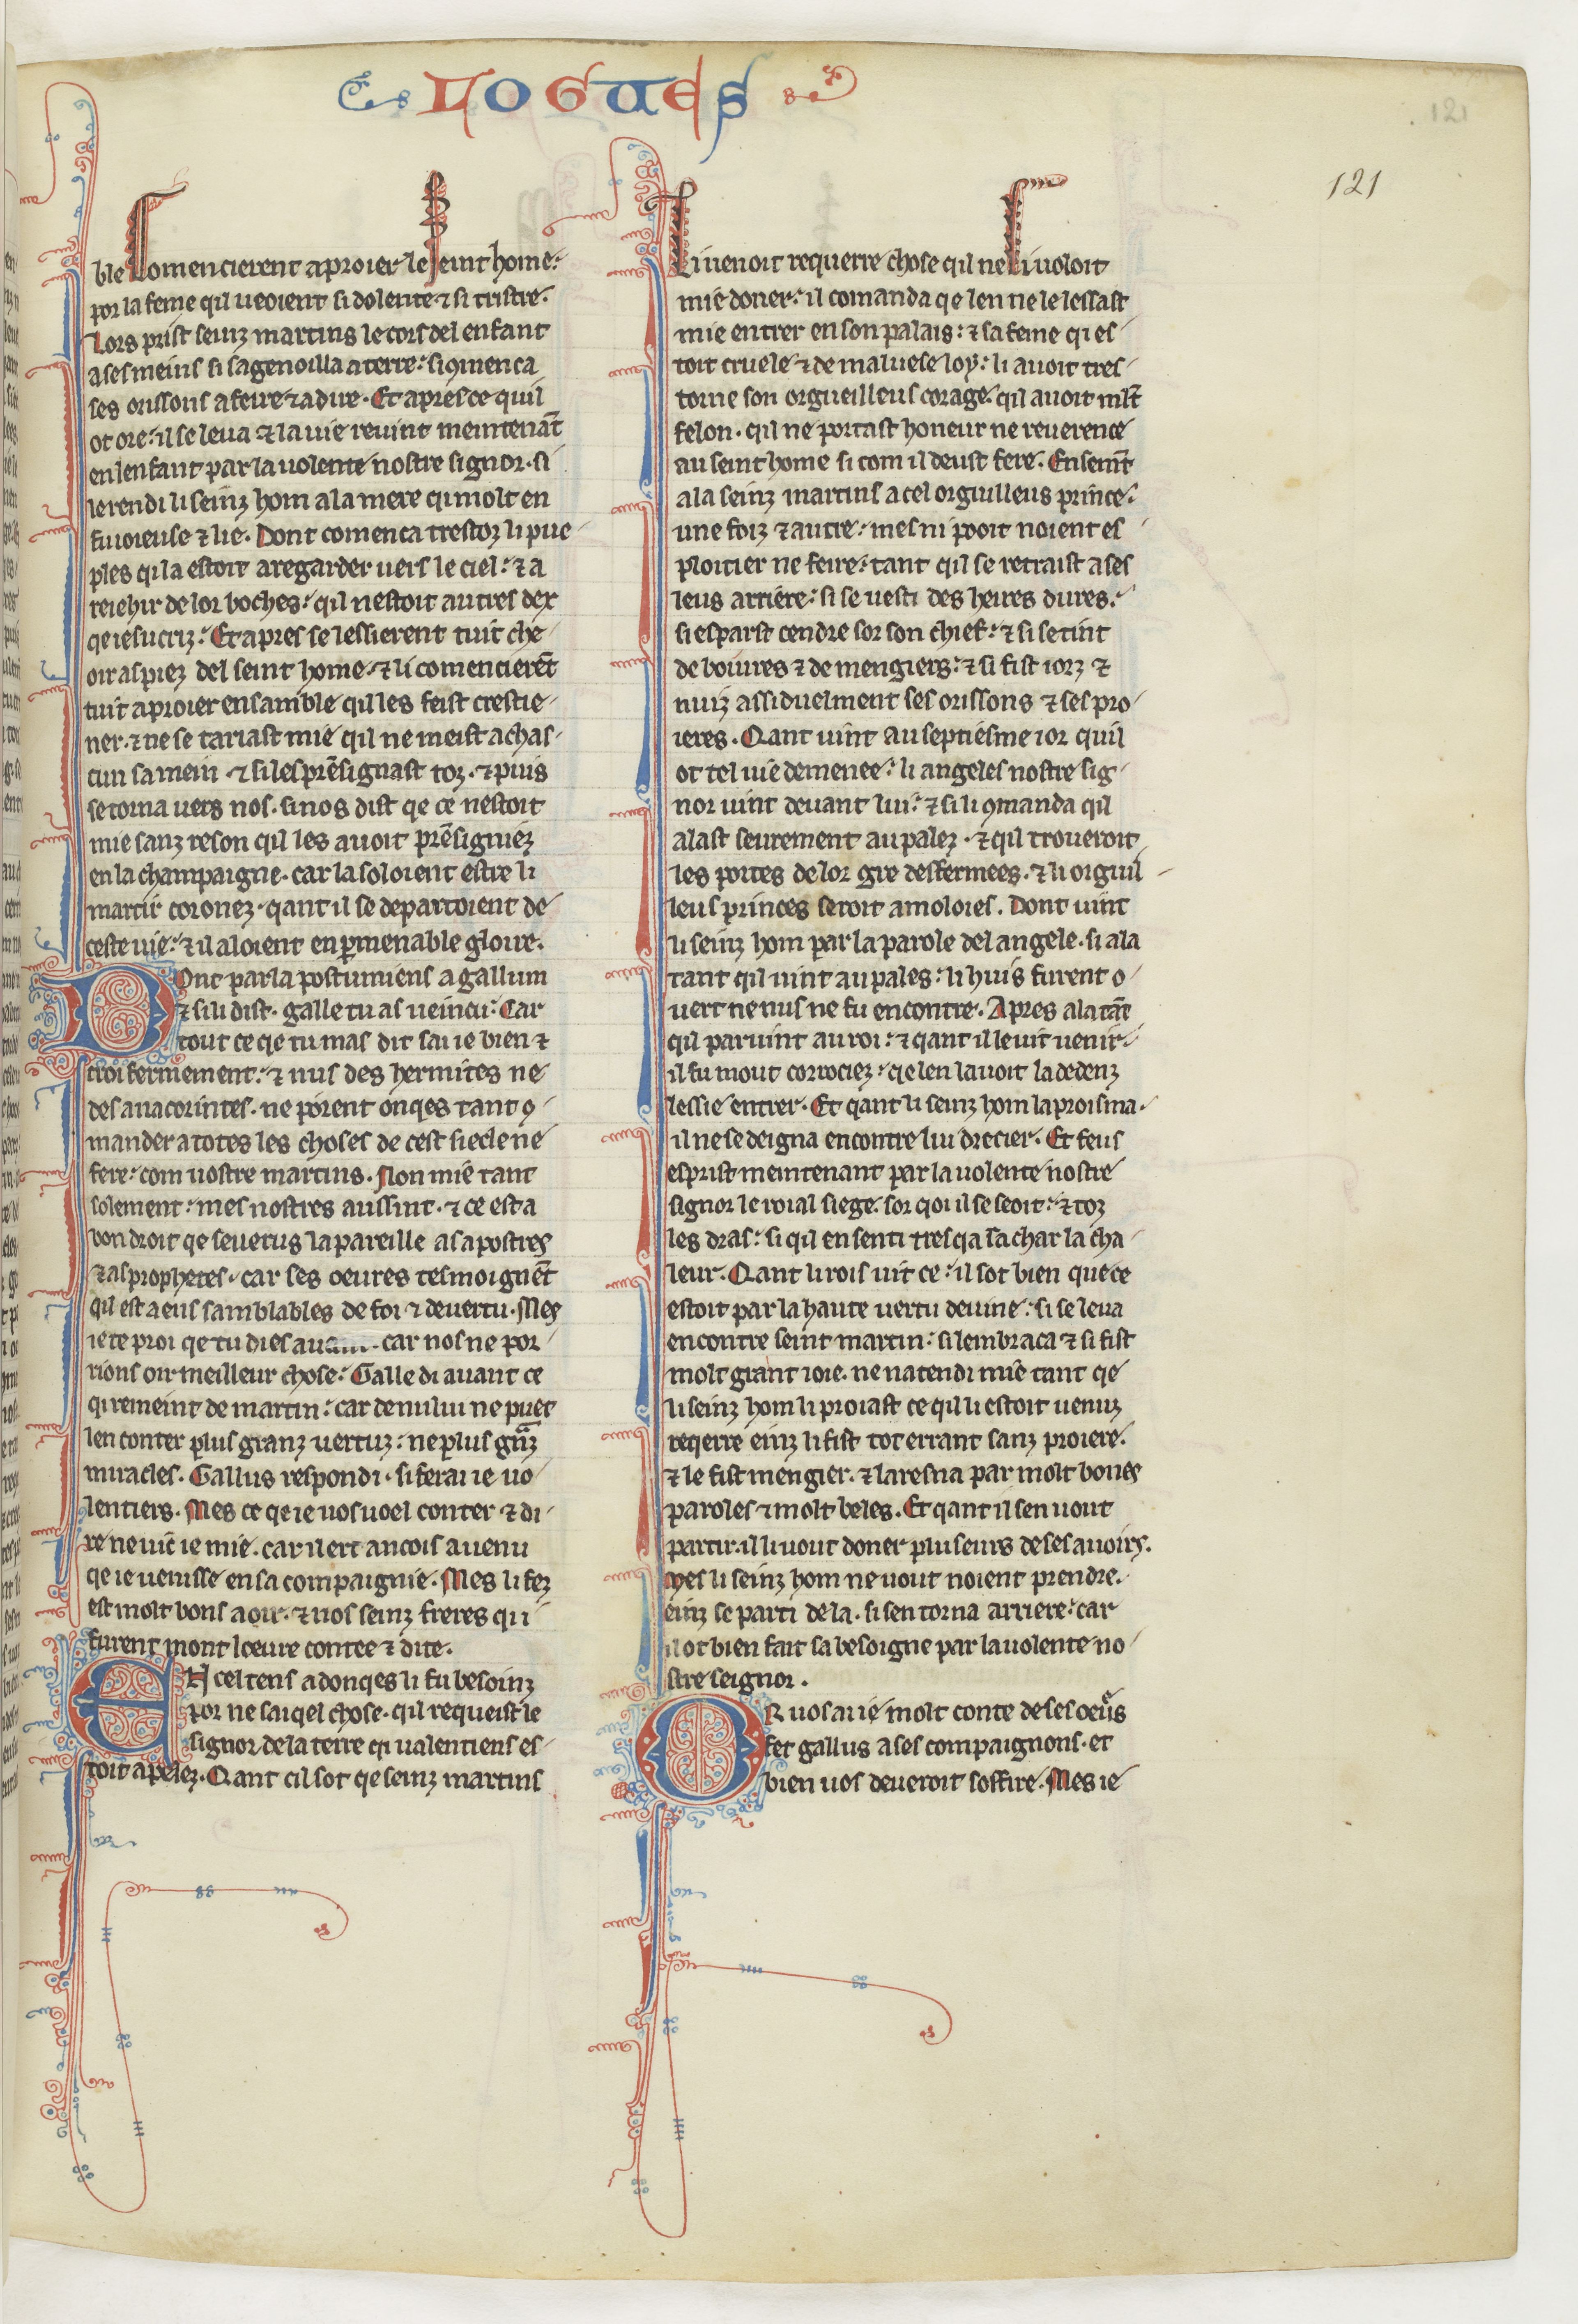
Shelfmark: Paris, BnF, fr. 412
Century: 13